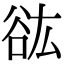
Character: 谹